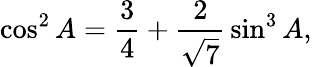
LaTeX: \cos^{2}A={\frac{3}{4}}+{\frac{2}{\sqrt{7}}}\sin^{3}A,